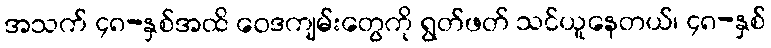
အသက် ၄၈-နှစ်အထိ ဝေဒကျမ်းတွေကို ရွတ်ဖတ် သင်ယူနေတယ်၊ ၄၈-နှစ်